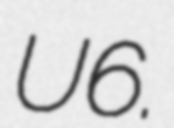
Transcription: U6.